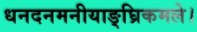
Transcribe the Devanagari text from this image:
धनदनमनीयाङ्‌घ्रिकमले।